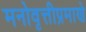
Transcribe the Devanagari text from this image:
मनोवृत्तीप्रमाणे